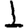
Digit: 1